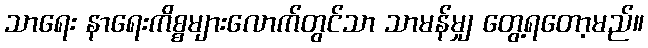
သာရေး နာရေးကိစ္စများလောက်တွင်သာ သာမန်မျှ တွေ့ရတော့မည်။